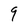
Character: 9